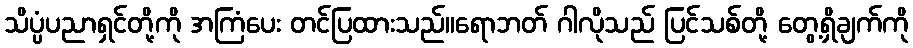
သိပ္ပံပညာရှင်တို့ကို အကြံပေး တင်ပြထားသည်။ရောဘတ် ဂါလိုသည် ပြင်သစ်တို့ တွေ့ရှိချက်ကို